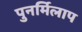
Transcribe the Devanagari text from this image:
पुनर्मिलाप